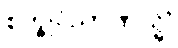
စက္ခုဝိညာဏသ္မိံ